Vaccination North-Western Provinces 1866-1877 - 1866-1877
Year: 1866
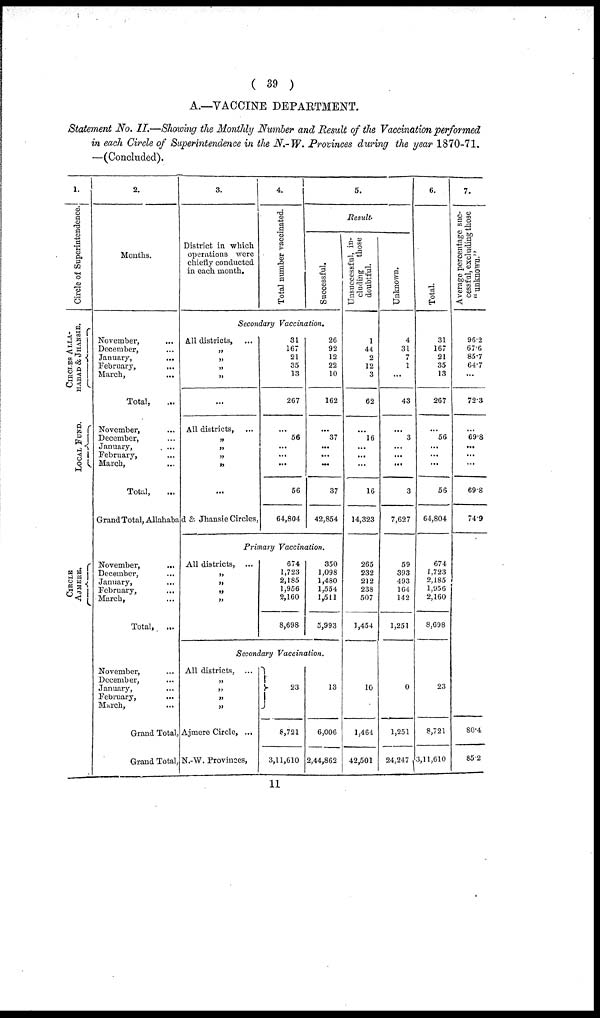
(
39)
A.—VACCINE DEPARTMENT.
Statement No. II.—Showing the Monthly Number and Result of the Vaccination performed
in each Circle of Superintendence in the N.-W. Provinces during the year 1870-71.
—(Concluded).
1.
Circle of Superintendence.
CIRCLES ALLA¬
HABAD & J
HANS IE.
LOCAL FUND.
CIRCLE
AJMERE.
2.
Months.
November, ...
December, ...
January, ...
February,
...
March, ...
Total, ...
November, ...
December, ...
January, ...
February, ...
March, ...
Total, ...
3.
District in which
operations were
chiefly conducted
in each month.
4.
Total number vaccinated.
5.
Result.
Successful.
Secondary Vaccination.
All districts, ...
„
„
„
„
...
All districts, ...
„
„
„
„
...
Grand Total, Allahabad & Jhansie Circles,
November,
...
December,
...
January, ...
February,
...
March, ...
Total,
...
November, ...
December, ...
January, ...
February, ...
March, ...
31
167
21
35
13
267
...
56
...
...
...
56
64,804
26
92
12
22
10
162
...
37
...
...
...
37
42,854
Primary Vaccination.
All districts, ...
„
„
„
„
674
1,723
2,185
1,956
2,160
8,698
350
1,098
1,480
1,554
1,511
5,993
Secondary Vaccination.
All districts, ...
„
„
„
„
Grand Total, Ajmere Circle, ...
Grand Total,N.-W. Provinces,
23
8,721
3,11,610
13
6,006
2,44,862
Unsuccessful, in-
cluding those
doubtful.
1
44
2
12
3
62
...
16
...
...
...
16
14,323
265
232
212
238
507
1,454
10
1,464
42,501
Unknown.
4
31
7
1
...
43
...
3
...
...
...
3
7,627
59
393
493
164
142
1,251
0
1,251
24,247
6.
Total.
31
167
21
35
13
267
...
56
...
...
...
56
64,804
674
1,723
2,185
1,956
2,160
8,698
23
8,721
3,11,610
7.
Average percentage suc-
cessful, excluding those
"unknown."
96.2
67.6
85.7
64.7
...
72.3
...
69.8
...
...
...
69.8
74.9
80.4
85.2
11